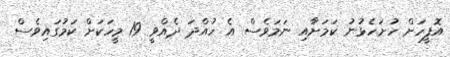
އޮފީހަށް ހުށަހެޅުނު ކަމަށާއި ނަމަވެސް އެ ހުއްދަ ދެއްވީ 19 މީހަކަށް ކަމުގައިވެސް